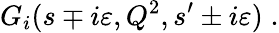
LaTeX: G_{i}(s\mp i\varepsilon,Q^{2},s^{\prime}\pm i\varepsilon)\; .